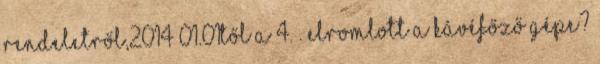
rendeletről,2014 01.01től a 4. . Elromlott a kávéfőző gépe?